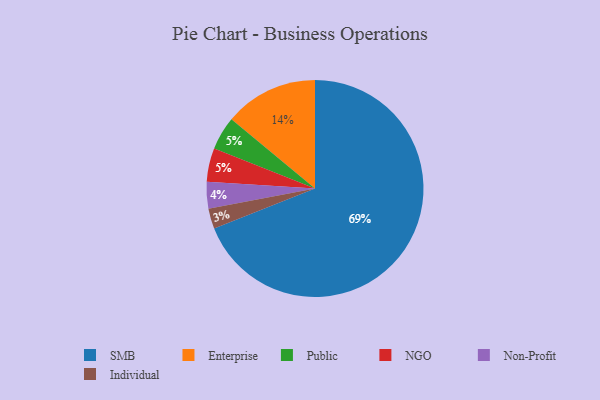
{"axis": {"x": "Category", "y": "Percentage"}, "legend": ["Enterprise", "Individual", "NGO", "Non-Profit", "Public", "SMB"], "data": [{"x": "Non-Profit", "y": 4, "type": "Non-Profit"}, {"x": "Public", "y": 5, "type": "Public"}, {"x": "SMB", "y": 69, "type": "SMB"}, {"x": "NGO", "y": 5, "type": "NGO"}, {"x": "Individual", "y": 3, "type": "Individual"}, {"x": "Enterprise", "y": 14, "type": "Enterprise"}]}